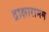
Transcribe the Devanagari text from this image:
द्राक्षारामम